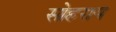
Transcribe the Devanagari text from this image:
सोहराय